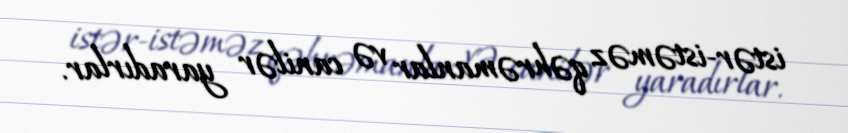
istər-istəməz qəhrəmanlar və canilər yaradırlar.